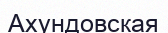
Ахундовская